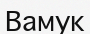
Вамук